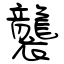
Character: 襲